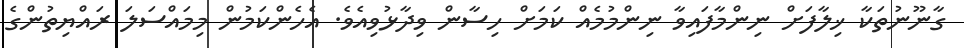
ގާނޫނުތަކާ ޚިލާފަށް ނިންމާފައިވާ ނިންމުމެއް ކަމަށް ހިސާން ވިދާޅުވިއެވެ. އެހެންކަމުން މިމައްސަލަ ރައްޔިތުންގެ